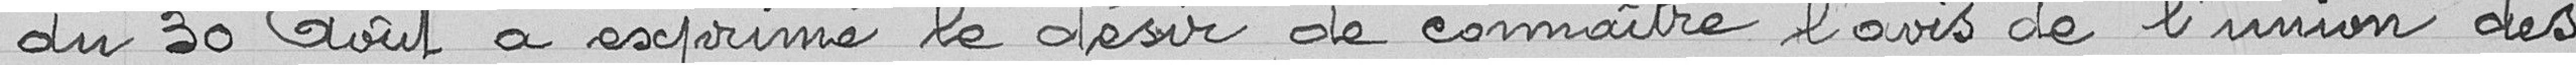
du 30 août a exprimé le désir de connaître l’avis de l’union des